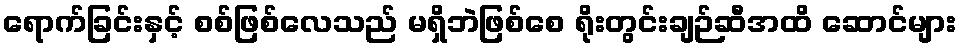
ရောက်ခြင်းနှင့် စစ်ဖြစ်လေသည် မရှိဘဲဖြစ်စေ ရိုးတွင်းချဉ်ဆီအထိ ဆောင်များ